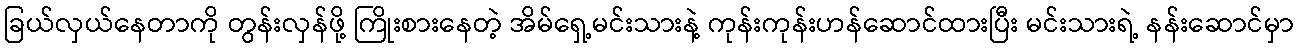
ခြယ်လှယ်နေတာကို တွန်းလှန်ဖို့ ကြိုးစားနေတဲ့ အိမ်ရှေ့မင်းသားနဲ့ ကုန်းကုန်းဟန်ဆောင်ထားပြီး မင်းသားရဲ့ နန်းဆောင်မှာ